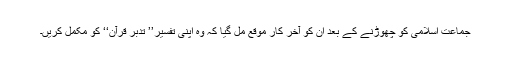
جماعت اسلامی کو چھوڑنے کے بعد ان کو آخر کار موقع مل گیا کہ وہ اپنی تفسیر’’ تدبر قرآن‘‘ کو مکمل کریں۔